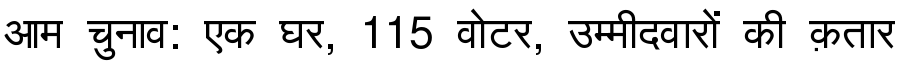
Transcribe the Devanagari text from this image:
आम चुनाव: एक घर, 115 वोटर, उम्मीदवारों की क़तार